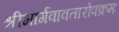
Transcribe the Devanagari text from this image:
श्रीभार्गवावतारोपक्रमः